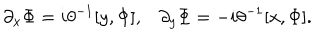
\partial _ { x } \Phi = i \theta ^ { - 1 } [ y , \Phi ] , \partial _ { y } \Phi = - i \theta ^ { - 1 } [ x , \Phi ] .